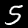
Digit: 5